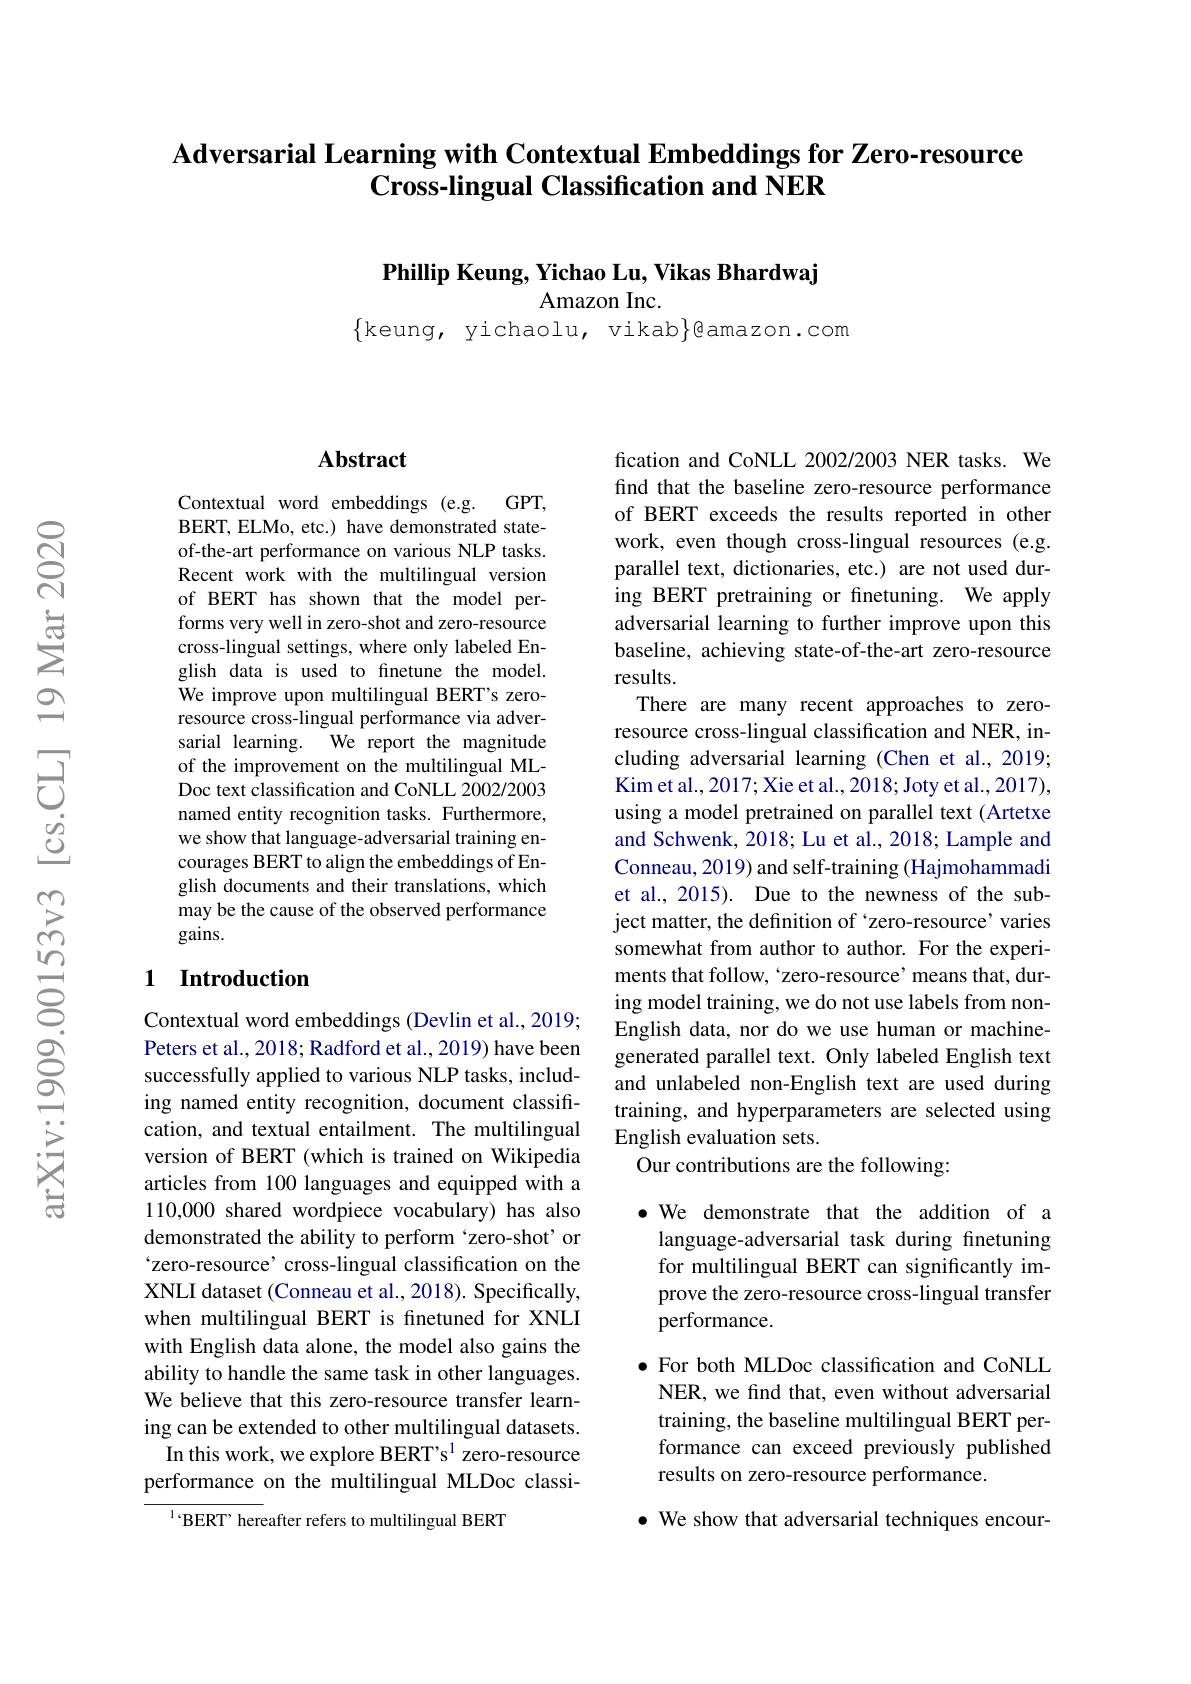
Adversarial Learning with Contextual Embeddings for Zero-resource
Cross-lingual Classification and NER

$\textbf{Phillip Keung, Yichao Lu, Vikas Bhardwaj}$

Amazon Inc.

$\{$keung, yichaolu, vikab$\}$eamazon.com

### $\mathbf{Abstract}$

Contextual word embeddings (e.g. GPT, BERT, ELMo, etc.) have demonstrated stateof-the-art performance on various NLP tasks. Recent work with the multilingual version of BERT has shown that the model performs very well in zero-shot and zero-resource cross-lingual settings, where only labeled English data is used to finetune the model. We improve upon multilingual BERT's zeroresource cross-lingual performance via adversarial learning.
We report the magnitude
of the improvement on the multilingual MLDoc text classification and CoNLL 2002/2003 named entity recognition tasks. Furthermore, we show that language-adversarial training encourages BERT to align the embeddings of English documents and their translations, which may be the cause of the observed performance gains.

### 1 Introduction

Contextual word embeddings (Devlin et al., 2019; Peters et al., 2018; Radford et al., 2019) have been successfully applied to various NLP tasks, including named entity recognition, document classification, and textual entailment. The multilingual version of BERT (which is trained on Wikipedia articles from 100 languages and equipped with a 110,000 shared wordpiece vocabulary) has also demonstrated the ability to perform ‘zero-shot’ or “zero-resource’cross-lingual classification on the XNLI dataset (Conneau et al., 2018). Specifically, when multilingual BERT is finetuned for XNLI with English data alone, the model also gains the ability to handle the same task in other languages. We believe that this zero-resource transfer learning can be extended to other multilingual datasets.
In this work, we explore BERT' s$^{1}$ zero-resource performance on the multilingual MLDoc classi-

$^{1}$BERT' hereafter refers to multilingual BERT

fication and CoNLL 2002/2003 NER tasks. We find that the baseline zero-resource performance of BERT exceeds the results reported in other work, even though cross-lingual resources (e.g. parallel text, dictionaries, etc.) are not used during BERT pretraining or fnetuning. We apply adversarial learning to further improve upon this baseline, achieving state-of-the-art zero-resource results.
There are many recent approaches to zeroresource cross-lingual classification and NER, including adversarial learning (Chen et al., 2019; Kim et al. , 2017; Xie et al. , 2018; Joty et al. , 2017) , using a model pretrained on parallel text (Artetxe and Schwenk, 2018; Lu et al., 2018; Lample and Conneau, 2019) and self-training (Hajmohammadi et al., 2015). Due to the newness of the subject matter, the definition of `zero-resource' varies somewhat from author to author. For the experiments that follow, ‘zero-resource’means that, during model training, we do not use labels from nonEnglish data, nor do we use human or machinegenerated parallel text. Only labeled English text and unlabeled non-English text are used during training, and hyperparameters are selected using English evaluation sets
Our contributions are the following:

·We demonstrate that the addition of a language-adversarial task during finetuning for multilingual BERT can significantly improve the zero-resource cross-lingual transfer performance.

$\bullet$ For both MLDoc classification and CoNLL NER, we find that, even without adversarial training, the baseline multilingual BERT performance can exceed previously published results on zero-resource performance.

$\bullet$ We show that adversarial techniques encour-